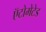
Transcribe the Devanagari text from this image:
ऍटोमेटेड